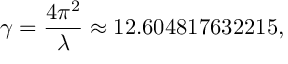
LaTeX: \gamma = { \frac { 4 \pi ^ { 2 } } { \lambda } } \approx 1 2 . 6 0 4 8 1 7 6 3 2 2 1 5 ,